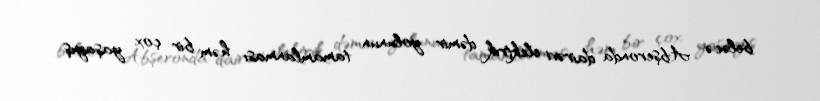
beləcə Abşeronda dairəvi elektrik dəmir yolunun tamamlanması həm bir çox yaşayış